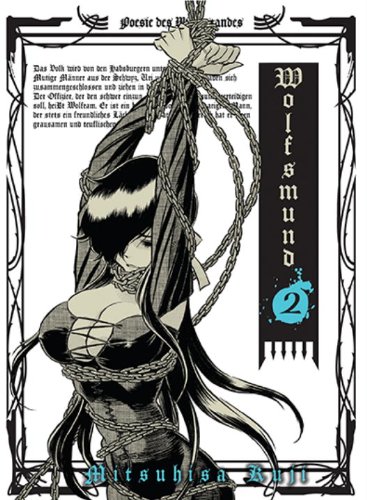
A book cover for Wolfsmund, Vol. 2; Mitsuhisa Kuji; Comics & Graphic Novels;